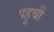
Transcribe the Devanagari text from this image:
पहुचीं